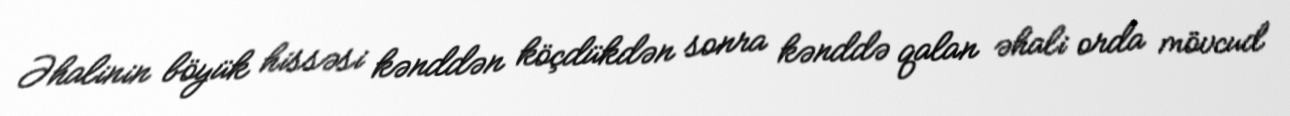
Əhalinin böyük hissəsi kənddən köçdükdən sonra kənddə qalan əhali orda mövcud